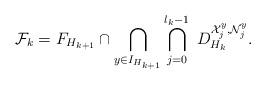
LaTeX: \begin{align*}\mathcal{F}_k=F_{H_{k+1}}\cap \bigcap_{y\in I_{H_{k+1}}}\bigcap_{j=0}^{l_k-1}\; D_{H_k}^{\mathcal{X}_j^y,\mathcal{N}_j^y}.\end{align*}